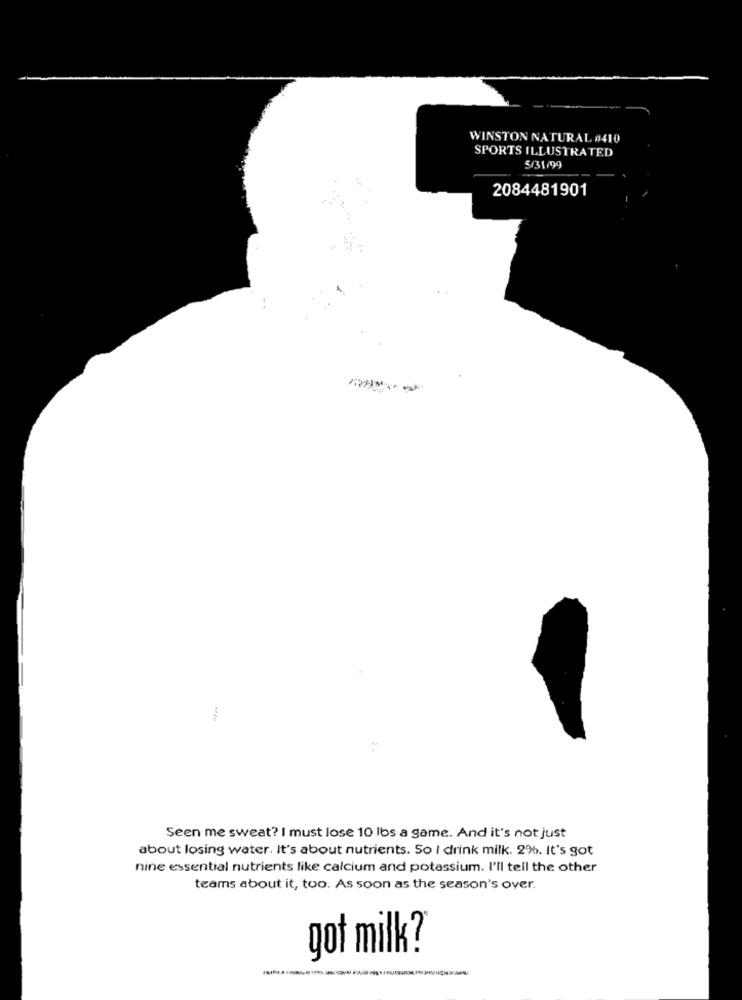
WINSTON NATURAL #410
SPORTS ILLUSTRATED
5/31/99
2084481901
Seen me sweat? I must lose 10 lbs a game. And it's not just
about losing water. It's about nutrients. So I drink milk. 2%. It's got
nine essential nutrients like calcium and potassium. I'll tell the other
teams about it, too. As soon as the season's over.
got milk?